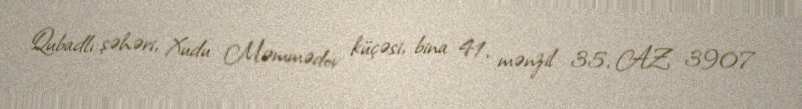
Qubadlı şəhəri, Xudu Məmmədov küçəsi, bina 41, mənzil 35, AZ 3907